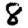
Digit: 8